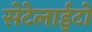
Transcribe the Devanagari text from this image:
सेटेलाईटों